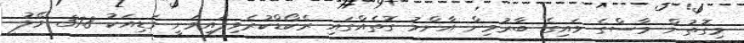
މިގޮތުން މާސްގެ ވައިގެ ބާރުމިން އާންމު ގޮތެއްގައި ރެކޯޑްކުރެވިފައިވަނީ ގަޑިއަކު 37.8 މޭލު